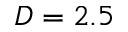
D = 2 . 5